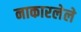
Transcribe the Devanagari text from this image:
नाकारलेले